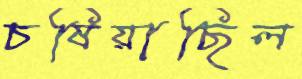
চষিয়াছিল